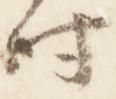
時